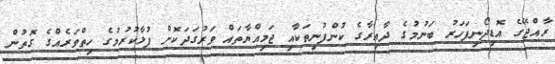
ރާއްޖޭގެ އޮޑިދޯނިފަހަރު ބަނުމުގެ ދާއިރާގެ ކުންފުނިތަކާއި ޖަމިއްޔާތައް ވަރުގަދަކޮށް ފުޅާކުރުމުގެ ހިތްވަރެއްގެ ގޮތުން